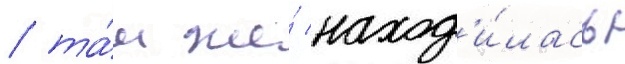
/ та́м же́ наход'и́лась